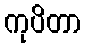
ကုပိတာ